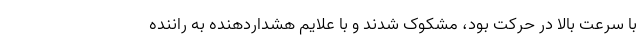
با سرعت بالا در حرکت بود، مشکوک شدند و با علایم هشداردهنده به راننده